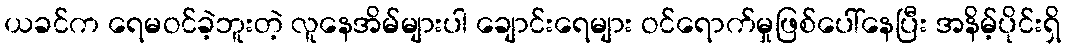
ယခင်က ရေမဝင်ခဲ့ဘူးတဲ့ လူနေအိမ်များပါ ချောင်းရေများ ဝင်ရောက်မှုဖြစ်ပေါ်နေပြီး အနိမ့်ပိုင်းရှိ